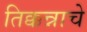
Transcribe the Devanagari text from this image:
तिक्कन्नाचे